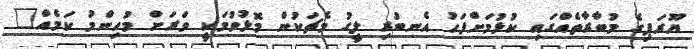
ޔޫރަޕިގެ މުބާރާތެއްގައި ކުޅުމަށްފަހު އެނބުރި ލީގު މެޗަކުން މޮޅުވުމަކީ ވަރަށް މުހިންމު ކަމެއް"